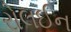
રોલઈન